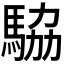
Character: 𬳫